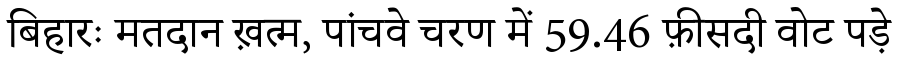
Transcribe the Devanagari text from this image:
बिहारः मतदान ख़त्म, पांचवे चरण में 59.46 फ़ीसदी वोट पड़े